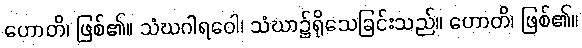
ဟောတိ၊ ဖြစ်၏။ သံဃဂါရဝေါ၊ သံဃာ၌ရိုသေခြင်းသည်။ ဟောတိ၊ ဖြစ်၏။